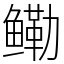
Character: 鳓